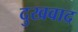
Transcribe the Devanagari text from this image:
दुखवाद